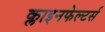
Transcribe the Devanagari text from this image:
क्लाइनफेल्टर्स